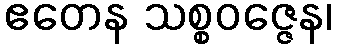
ဧတေန သစ္စဝဇ္ဇေန၊